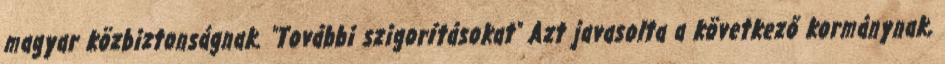
magyar közbiztonságnak. "További szigorításokat" Azt javasolta a következő kormánynak,